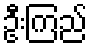
ဦးကြည်